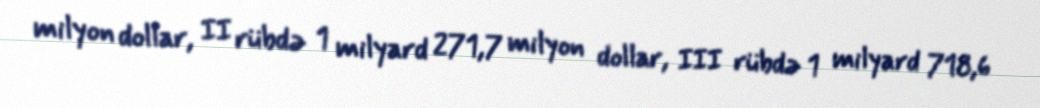
milyon dollar, II rübdə 1 milyard 271,7 milyon dollar, III rübdə 1 milyard 718,6